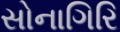
સોનાગિરિ